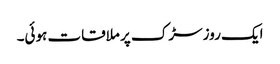
ایک روز سڑک پر ملاقات ہوئی۔